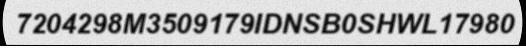
7204298M3509179IDNSB0SHWL17980